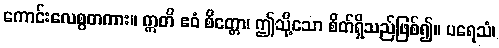
ကောင်းလေစွတကား။ ဣတိ ဧဝံ စိတ္တော၊ ဤသို့သော စိတ်ရှိသည်ဖြစ်၍။ ပရေသံ၊